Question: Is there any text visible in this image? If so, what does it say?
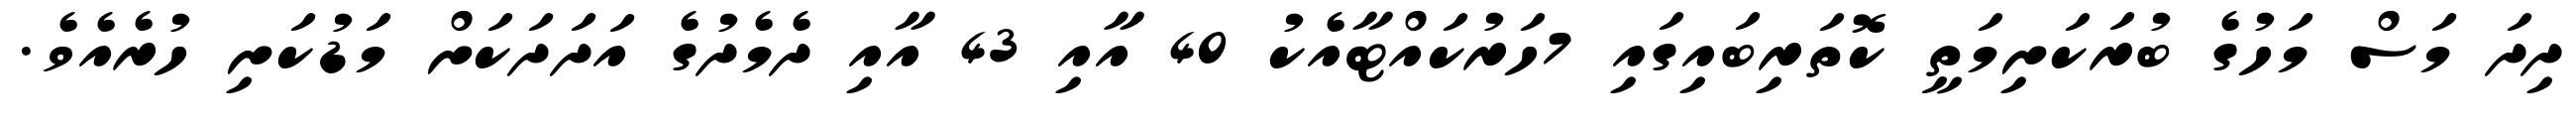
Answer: ދިދަ މަސް މަހުގެ ބުރަކަށިމަތީ ކޮތަރިބައިގައި 7ހަރުކައްޓާއެކު 40 އާއި 43 އާއި ދެމެދުގެ އަދަދަކަށް މަޑުކަށި ހުރެއެވެ.